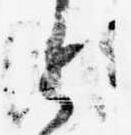
と